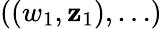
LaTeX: ((w_{1},\mathbf{z}_{1}),\ldots)